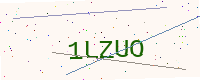
Text: 1LZUO